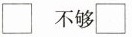
\Box 不够\Box